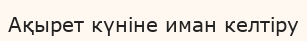
Ақырет күніне иман келтіру